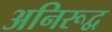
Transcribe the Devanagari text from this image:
अनिरूद्व